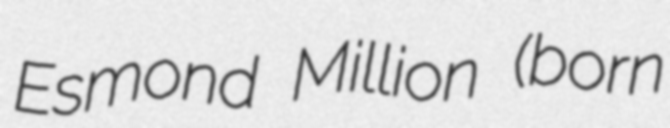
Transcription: Esmond Million (born